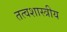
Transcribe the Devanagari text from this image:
तत्वशास्त्रीय